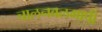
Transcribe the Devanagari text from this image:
चालनबलमापी